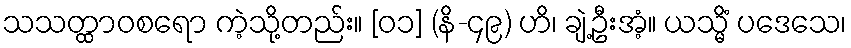
သသတ္ထာဝစရော ကဲ့သို့တည်း။ [၀၁] (နိ-၄၉) ဟိ၊ ချဲ့ဦးအံ့။ ယသ္မိံ ပဒေသေ၊